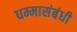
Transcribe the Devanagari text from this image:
धम्मासंबंधी